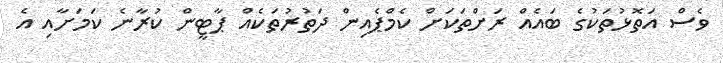
ވެސް އަތޮޅުތަކުގެ ބައެއް ރަށްތަކަށް ކެމްޕެއިން ދަތުރުތަކެއް ޕާޓީން ކުރާނެ ކަމަށާއި އެ